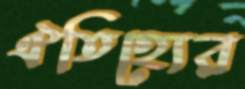
ঐতিহ্যের